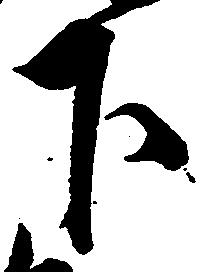
下